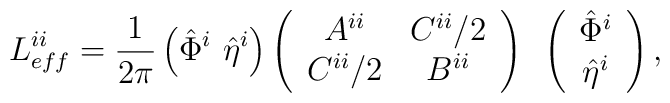
L_{eff}^{ii} = \frac{1}{2\pi} \left( \hat{\Phi}^i ~ \hat{\eta}^i \right)\left( \begin{array}{cc}A^{ii} & C^{ii}/2 \\C^{ii}/2& B^{ii}\end{array} \right) ~ \left( \begin{array}{c}\hat{\Phi}^i\\\hat{\eta}^i\end{array}\right),